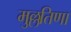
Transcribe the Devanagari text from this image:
मुल्लतिणा